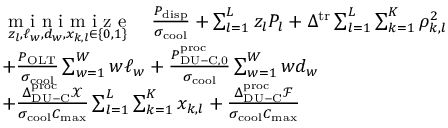
\begin{array} { r l } & { \underset { z _ { l } , \ell _ { w } , d _ { w } , x _ { k , l } \in \{ 0 , 1 \} } { \textrm { m i n i m i z e } } \quad \frac { P _ { \mathrm { d i s p } } } { \sigma _ { \mathrm { c o o l } } } + \sum _ { l = 1 } ^ { L } z _ { l } P _ { l } + \Delta ^ { \mathrm { t r } } \sum _ { l = 1 } ^ { L } \sum _ { k = 1 } ^ { K } \rho _ { k , l } ^ { 2 } } \\ & { + \frac { P _ { \mathrm { O L T } } } { \sigma _ { \mathrm { c o o l } } } \sum _ { w = 1 } ^ { W } w \ell _ { w } + \frac { P _ { \mathrm { D U - C , 0 } } ^ { \mathrm { p r o c } } } { \sigma _ { \mathrm { c o o l } } } \sum _ { w = 1 } ^ { W } w d _ { w } } \\ & { + \frac { \Delta _ { \mathrm { D U - C } } ^ { \mathrm { p r o c } } \mathcal { X } } { \sigma _ { \mathrm { c o o l } } C _ { \mathrm { m a x } } } \sum _ { l = 1 } ^ { L } \sum _ { k = 1 } ^ { K } x _ { k , l } + \frac { \Delta _ { \mathrm { D U - C } } ^ { \mathrm { p r o c } } \mathcal { F } } { \sigma _ { \mathrm { c o o l } } C _ { \mathrm { m a x } } } } \end{array}